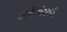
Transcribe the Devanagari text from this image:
अबीचंदाणी